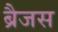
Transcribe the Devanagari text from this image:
ब्रैजस